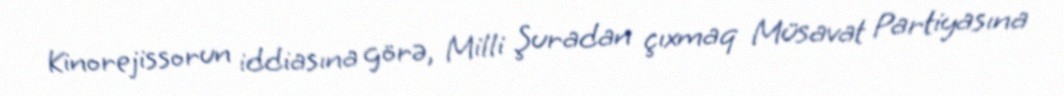
Kinorejissorun iddiasına görə, Milli Şuradan çıxmaq Müsavat Partiyasına